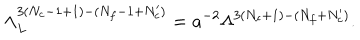
\Lambda _ { L } ^ { 3 ( N _ { c } - 1 + 1 ) - ( N _ { f } - 1 + N _ { c } ^ { \prime } ) } = a ^ { - 2 } \Lambda ^ { 3 ( N _ { c } + 1 ) - ( N _ { f } + N _ { c } ^ { \prime } ) } .